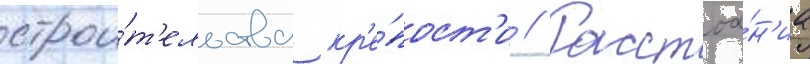
строи́т'ельства кр'е́пост'и // Расстоа́н'иа